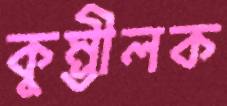
কুম্ভীলক